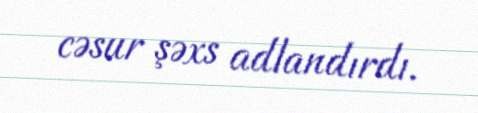
cəsur şəxs adlandırdı.